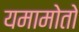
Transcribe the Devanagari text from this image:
यमामोतो